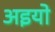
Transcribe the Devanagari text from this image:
अइयो